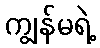
ကျွန်မရဲ့